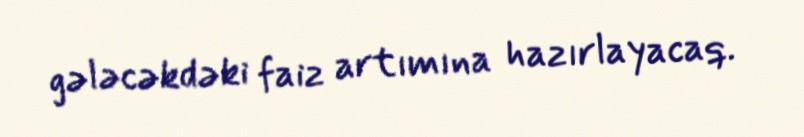
gələcəkdəki faiz artımına hazırlayacaq.